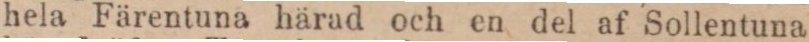
hela Färentuna härad och en del af Sollentuna